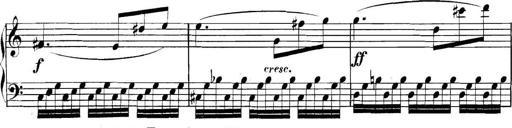
Title: Collected Piano Sonatas
Composer: Muzio Clementi